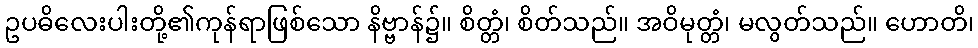
ဥပဓိလေးပါးတို့၏ကုန်ရာဖြစ်သော နိဗ္ဗာန်၌။ စိတ္တံ၊ စိတ်သည်။ အဝိမုတ္တံ၊ မလွတ်သည်။ ဟောတိ၊